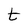
Character: t